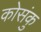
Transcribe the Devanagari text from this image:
कोसंकु